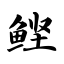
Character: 鲣